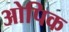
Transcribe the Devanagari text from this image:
ओपिक